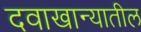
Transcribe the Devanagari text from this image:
दवाखान्यातील